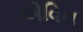
એવિન